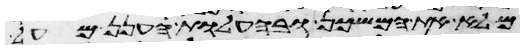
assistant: מלא את המשכן ובהעלות הענן מעל